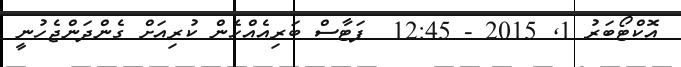
އޮކްޓޯބަރު 1